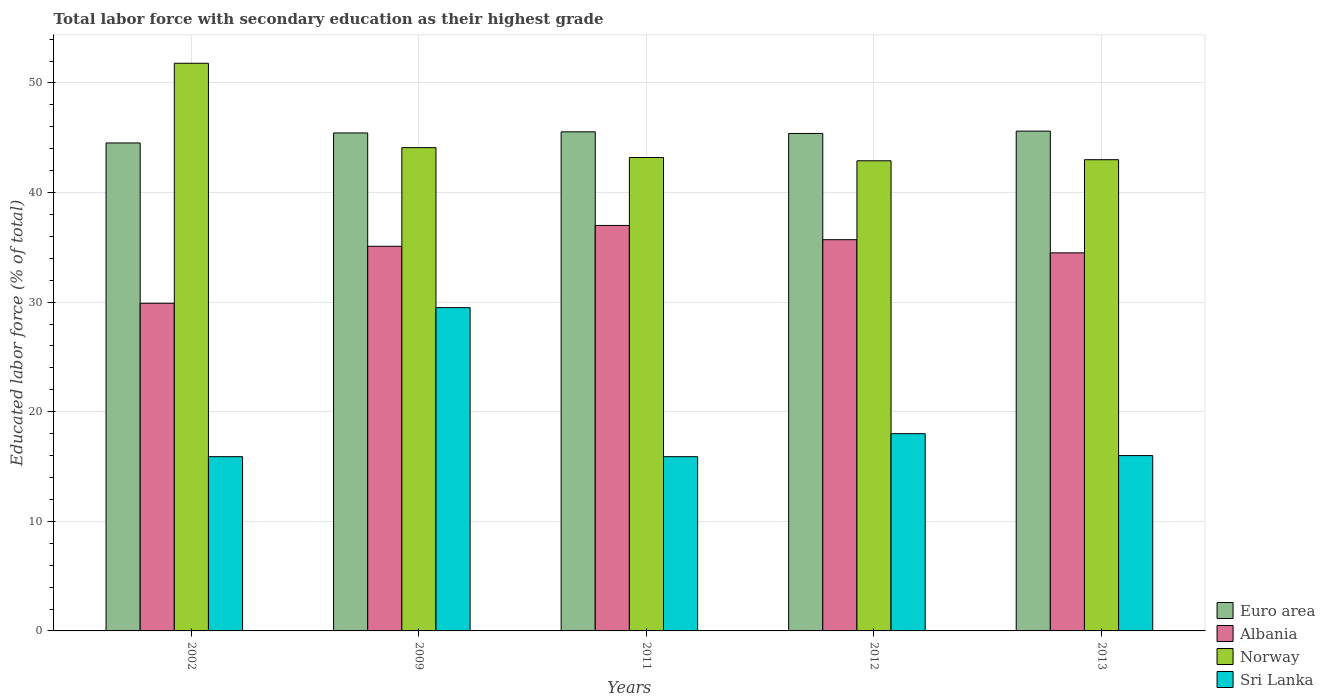
| Years | Euro area | Albania | Norway | Sri Lanka |
 | --- | --- | --- | --- | --- |
 | 2002 | 44.5 | 29.9 | 51.8 | 15.9 |
 | 2009 | 45.4 | 35.1 | 44.1 | 29.5 |
 | 2011 | 45.5 | 37 | 43.2 | 15.9 |
 | 2012 | 45.4 | 35.7 | 42.9 | 18 |
 | 2013 | 45.6 | 34.5 | 43 | 16 |